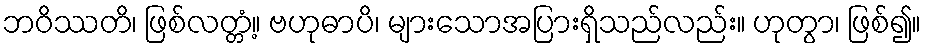
ဘဝိဿတိ၊ ဖြစ်လတ္တံ့။ ဗဟုဓာပိ၊ များသောအပြားရှိသည်လည်း။ ဟုတွာ၊ ဖြစ်၍။